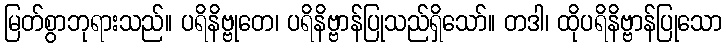
မြတ်စွာဘုရားသည်။ ပရိနိဗ္ဗုတေ၊ ပရိနိဗ္ဗာန်ပြုသည်ရှိသော်။ တဒါ၊ ထိုပရိနိဗ္ဗာန်ပြုသော